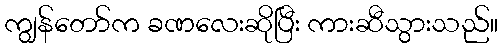
ကျွန်တော်က ခဏလေးဆိုပြီး ကားဆီသွားသည်။